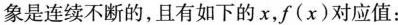
象是连续不断的，且有如下的x，f(x)对应值：